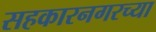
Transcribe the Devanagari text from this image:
सहकारनगरच्या